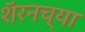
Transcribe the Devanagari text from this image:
शॅरनच्या